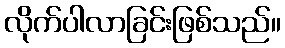
လိုက်ပါလာခြင်းဖြစ်သည်။